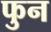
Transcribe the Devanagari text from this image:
फुन